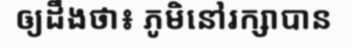
ឲ្យដឹងថា៖ ភូមិនៅរក្សាបាន